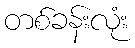
တစ်ခန်းလုံး